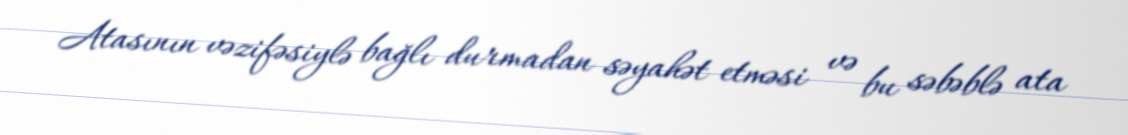
Atasının vəzifəsiylə bağlı durmadan səyahət etməsi və bu səbəblə ata